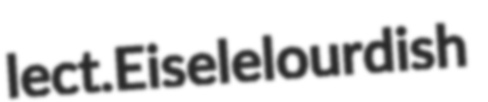
lect. Eisele lourdish